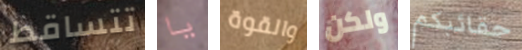
تتساقط يا والقوة ولكن حقائبكم